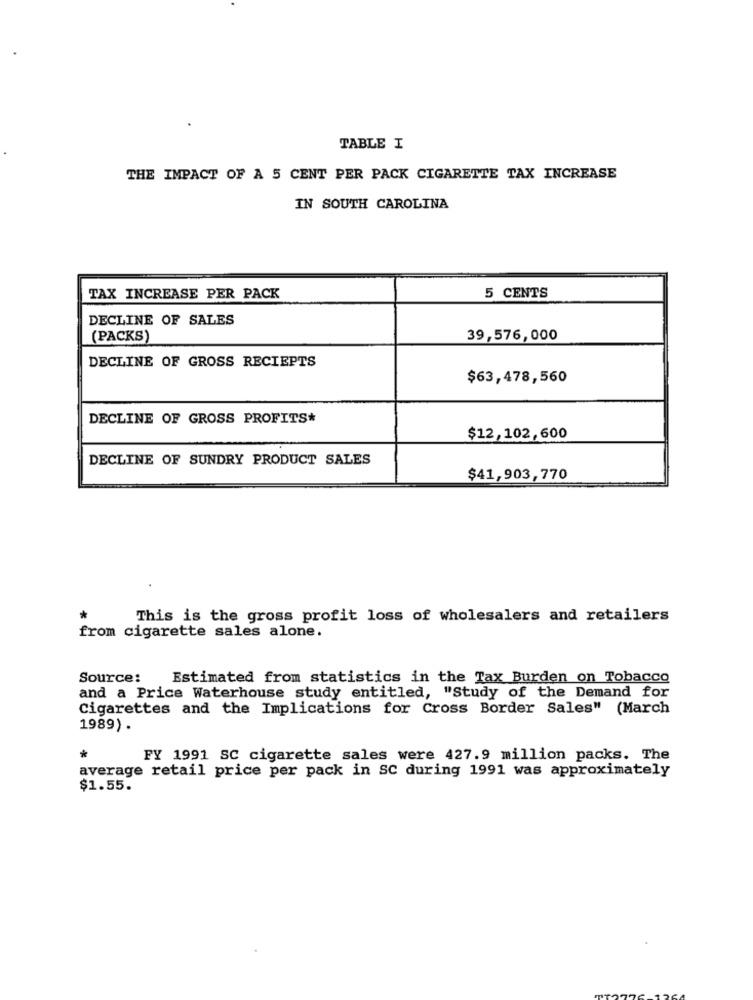
TABLE I
THE IMPACT OF A 5 CENT PER PACK CIGARETTE TAX INCREASE
IN SOUTH CAROLINA
TAX INCREASE PER PACK
5 CENTS
DECLINE OF SALES
(PACKS)
39,576,000
DECLINE OF GROSS RECIEPTS
$63,478,560
DECLINE OF GROSS PROFITS*
$12,102,600
DECLINE OF SUNDRY PRODUCT SALES
$41,903,770
This is the gross profit loss of wholesalers and retailers
from cigarette sales alone.
Source:
Estimated from statistics in the Tax Burden on Tobacco
and a Price Waterhouse study entitled, "Study of the Demand for
Cigarettes and the Implications for Cross Border Sales" (March
1989) .
*
FY 1991 SC cigarette sales were 427.9 million packs. The
average retail price per pack in SC during 1991 was approximately
$1.55.